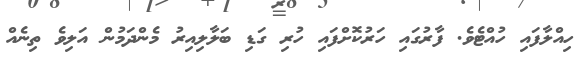
ހިއްލާފައި ހުއްޓެވެ. ފާރުގައި ހަރުކޮށްފައި ހުރި ގަޑި ބަލާލިއިރު މެންދަމުން އަލިވެ ތިނެއް